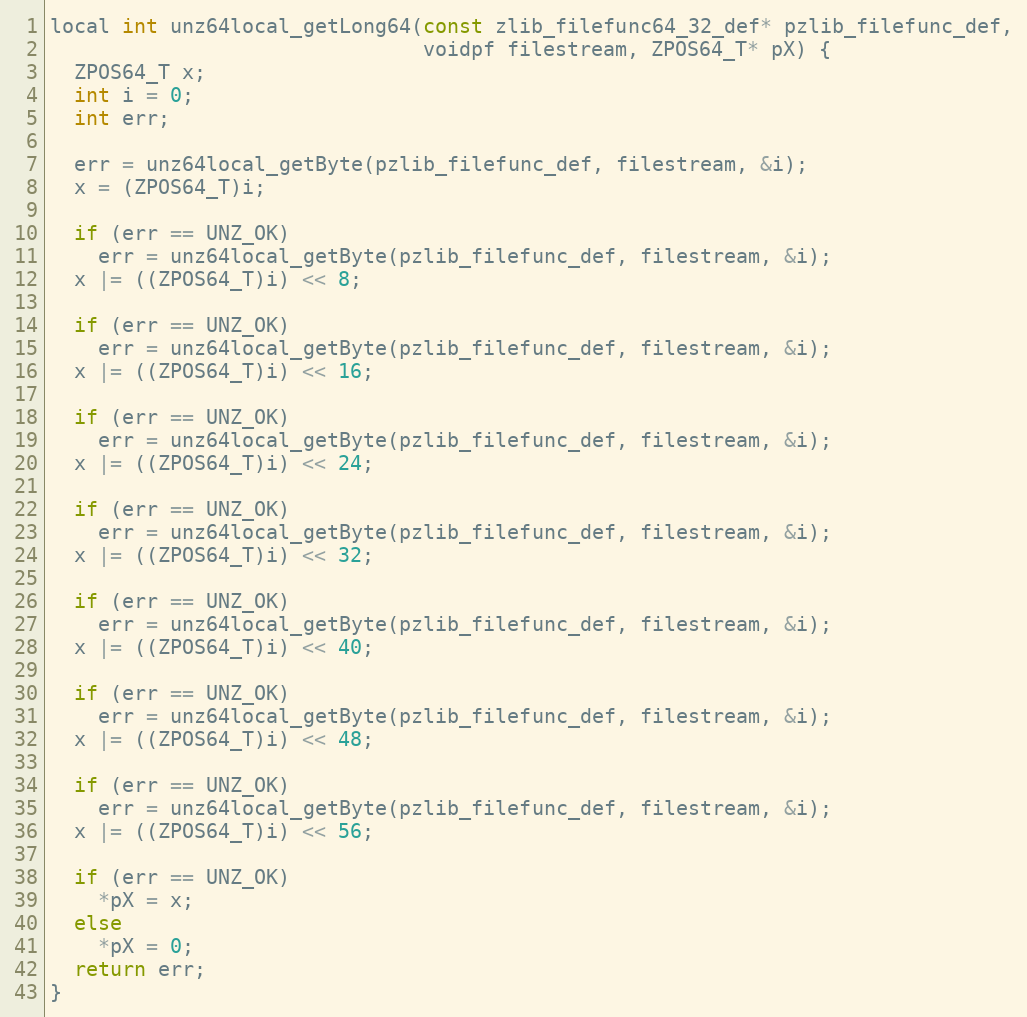
Language: C++
local int unz64local_getLong64(const zlib_filefunc64_32_def* pzlib_filefunc_def,
                               voidpf filestream, ZPOS64_T* pX) {
  ZPOS64_T x;
  int i = 0;
  int err;

  err = unz64local_getByte(pzlib_filefunc_def, filestream, &i);
  x = (ZPOS64_T)i;

  if (err == UNZ_OK)
    err = unz64local_getByte(pzlib_filefunc_def, filestream, &i);
  x |= ((ZPOS64_T)i) << 8;

  if (err == UNZ_OK)
    err = unz64local_getByte(pzlib_filefunc_def, filestream, &i);
  x |= ((ZPOS64_T)i) << 16;

  if (err == UNZ_OK)
    err = unz64local_getByte(pzlib_filefunc_def, filestream, &i);
  x |= ((ZPOS64_T)i) << 24;

  if (err == UNZ_OK)
    err = unz64local_getByte(pzlib_filefunc_def, filestream, &i);
  x |= ((ZPOS64_T)i) << 32;

  if (err == UNZ_OK)
    err = unz64local_getByte(pzlib_filefunc_def, filestream, &i);
  x |= ((ZPOS64_T)i) << 40;

  if (err == UNZ_OK)
    err = unz64local_getByte(pzlib_filefunc_def, filestream, &i);
  x |= ((ZPOS64_T)i) << 48;

  if (err == UNZ_OK)
    err = unz64local_getByte(pzlib_filefunc_def, filestream, &i);
  x |= ((ZPOS64_T)i) << 56;

  if (err == UNZ_OK)
    *pX = x;
  else
    *pX = 0;
  return err;
}